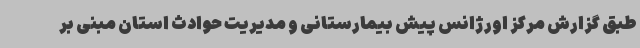
طبق گزارش مرکز اورژانس پیش بیمارستانی و مدیریت حوادث استان مبنی بر